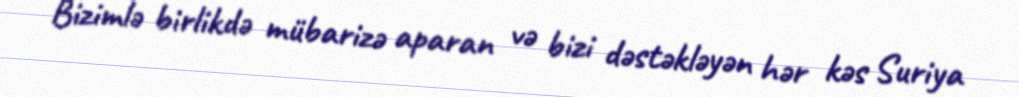
Bizimlə birlikdə mübarizə aparan və bizi dəstəkləyən hər kəs Suriya